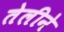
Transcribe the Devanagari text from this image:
तेलीने